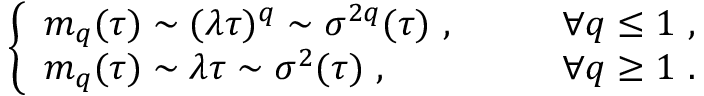
\left\{ \begin{array} { l l } { m _ { q } ( \tau ) \sim ( \lambda \tau ) ^ { q } \sim \sigma ^ { 2 q } ( \tau ) \ , \qquad } & { \forall q \leq 1 \ , } \\ { m _ { q } ( \tau ) \sim \lambda \tau \sim \sigma ^ { 2 } ( \tau ) \ , \qquad } & { \forall q \geq 1 \ . } \end{array} \right.